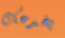
يخدعك